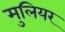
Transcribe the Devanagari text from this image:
मुलियर